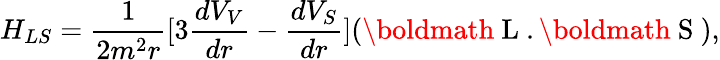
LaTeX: H_{LS}=\frac{1}{2m^{2}r}[3\frac{dV_{V}}{dr}-\frac{dV_{S}}{dr}](\mathrm{\boldmath~L~}.\mathrm{\boldmath~S~}),